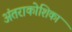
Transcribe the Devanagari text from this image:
अंतराकोशिका